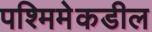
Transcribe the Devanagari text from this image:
पश्मिमेकडील